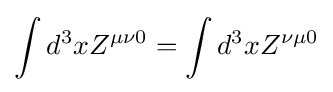
\int d^{3}xZ^{\mu \nu 0}=\int d^{3}xZ^{\nu \mu 0}